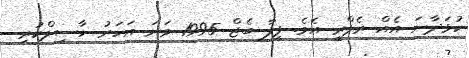
ކުޅަދާނަ އެއް ރެފްރީ އެވެ. ފީފާ ބެޖް 1995 ވަނަ އަހަރު ހާސިލްކުރި